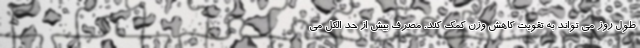
طول روز می تواند به تقویت کاهش وزن کمک کند. مصرف بیش از حد الکل می